system: You are a helpful assistant.
user:
Analyze the provided spectrum to determine if it is a **Carbon Star (C-type)**.

- **Key Visual Indicators of Carbon Star:**
    - **(Primary):** Strong molecular absorption from **C₂ (diatomic carbon) "Swan Bands."** This is the **defining feature** of a carbon star.
        - **(Key Bandheads):** Sharp absorption edges are visible at approximately $5635$ Å, $5165$ Å (the strongest band), and $4737$ Å.
        - **(Line Profile):** Creates a distinct **"saw-tooth"** pattern. The key morphology is a sharp, steep bandhead on the **red (long-wavelength) side**, which then gradually tapers off (i.e., flux recovers) towards the **blue (short-wavelength) side**. *(This is the direct opposite of the TiO bands seen in M-type stars)*.

    - **(Secondary):** Intense **CN (cyanogen)** molecular absorption bands.
        - **(Key Bandheads):** Located in the blue and violet regions of the spectrum (e.g., near $4215$ Å and $3883$ Å).
        - **(Morphology):** These bands are extremely broad and act as a "blanket," absorbing the vast majority of blue and violet light. This creates a characteristic **"cliff"** or **"steep drop-off"** in the spectrum's flux at short wavelengths.

    - **(Key Confirmation):** Strong **CH absorption band (G-band)**.
        - **(Key Bandhead):** Located around $4300$ Å. The contribution from CH molecules to this band is exceptionally strong.

    - **(Overall Spectrum):**
        - The continuum is severely "chopped up" by these deep molecular bands, especially C₂, rather than appearing as a smooth curve.
        - Due to the heavy CN and C₂ absorption in the blue-green, the vast majority of the star's flux is concentrated in the red part of the spectrum, giving the star its characteristic deep red color.

Think first, call **spectral_visualization_tool** if needed to examine features in detail, then provide your final answer. Your response must adhere to the following strict rules:
1.  **Overall Structure:** Your response must follow the format `<think>...</think> <tool_call>...</tool_call> (if a tool is used) <answer>...</answer>`.
2.  **Tool Usage Constraint:** You may only make **one** tool call per turn.
3.  **Final Answer Format:** In the `<answer>` tag, your conclusion must be inside a `\boxed{}` command (e.g., `\boxed{YES}`), followed by your justification.

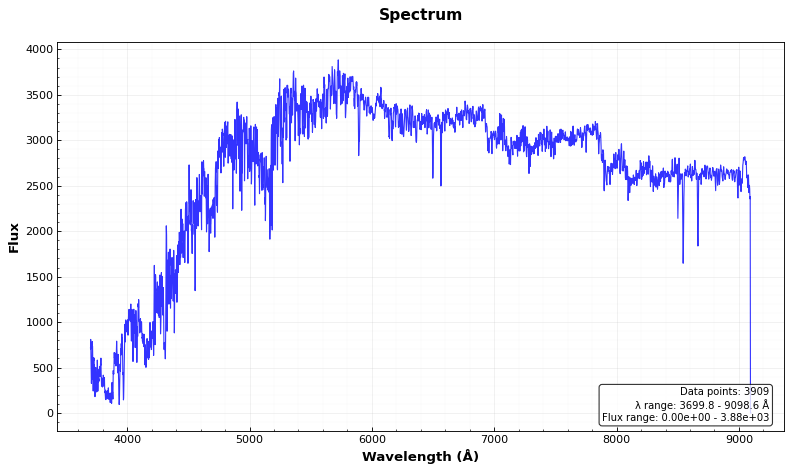
Answer: YES